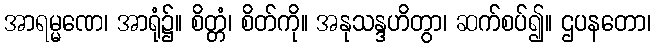
အာရမ္မဏေ၊ အာရုံ၌။ စိတ္တံ၊ စိတ်ကို။ အနုသန္ဒဟိတွာ၊ ဆက်စပ်၍။ ဌပနတော၊